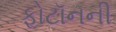
ફોટૉનની